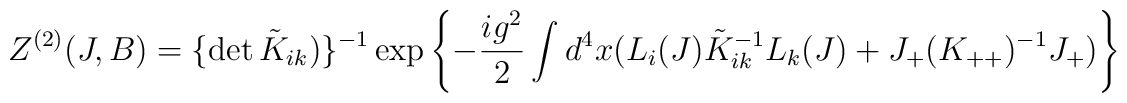
Z^{(2)}(J,B) = \{ \det \tilde{K}_{ik})\}^{-1} \exp \left\{ -\frac{ig^2}{2} \int d^4 x (L_i (J) \tilde{K}^{-1}_{ik} L_k(J) +J_{+} (K_{++})^{-1} J_{+}) \right\}